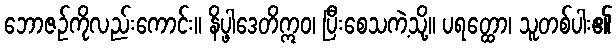
ဘောဇဉ်ကိုလည်းကောင်း။ နိပ္ဖါဒေတိဣဝ၊ ပြီးစေသကဲ့သို့။ ပရတ္ထော၊ သူတစ်ပါး၏